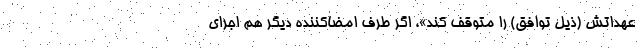
عهداتش (ذیل توافق) را متوقف کند»، اگر طرف امضاکننده دیگر هم اجرای